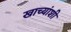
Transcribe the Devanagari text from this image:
खाच्यांशी